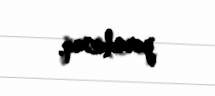
yaradacaq.